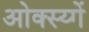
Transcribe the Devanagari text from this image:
ओक्स्य्गें